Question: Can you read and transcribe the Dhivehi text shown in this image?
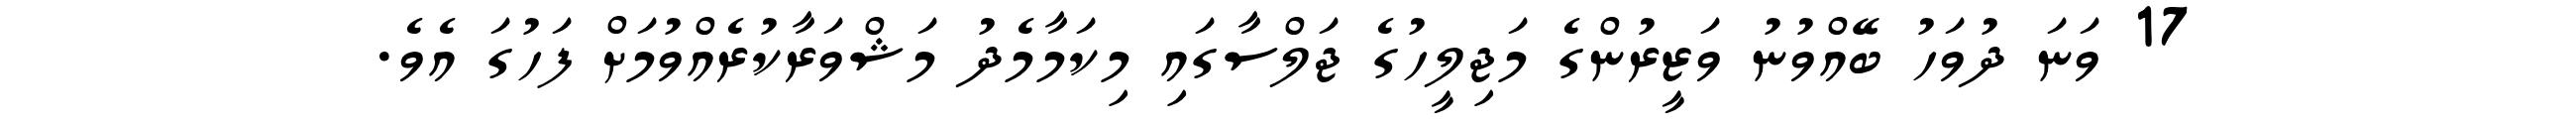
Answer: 17 ވަނަ ދުވަހު ބޭއްވުނު ވަޒީރުންގެ މަޖިލީހުގެ ޖަލްސާގައި މިކަމާމެދު މަޝްވަރާކުރެއްވުމަށް ފަހުގަ އެވެ.